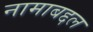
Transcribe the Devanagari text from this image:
नामाबद्दल